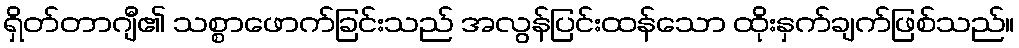
ရှိတ်တာဂျီ၏ သစ္စာဖောက်ခြင်းသည် အလွန်ပြင်းထန်သော ထိုးနှက်ချက်ဖြစ်သည်။